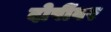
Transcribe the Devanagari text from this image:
दोषींवर